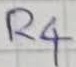
Text: R4